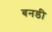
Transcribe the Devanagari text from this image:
बनडी